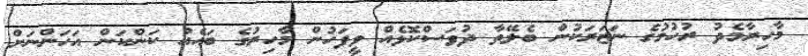
މާހިރާމެދު ރުހުމުގެ ނަޒަރަކުން ބެލޭތާ ދުވަސްކޮޅެއް ވީފަހުން މާހިރުގެ ބައެއް ކަންކަން އަހަންނަށް